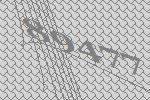
89477